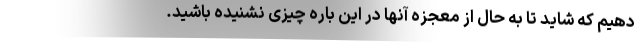
دهیم که شاید تا به حال از معجزه آنها در این باره چیزی نشنیده باشید.